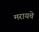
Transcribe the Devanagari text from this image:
मरायचे